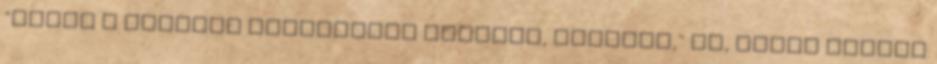
"Mivel a legtöbb szavazatot korrupt, demagóg," Jó, ebben igazad